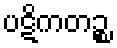
ပဋိကတဉ္စ